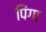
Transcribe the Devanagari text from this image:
पिंगा